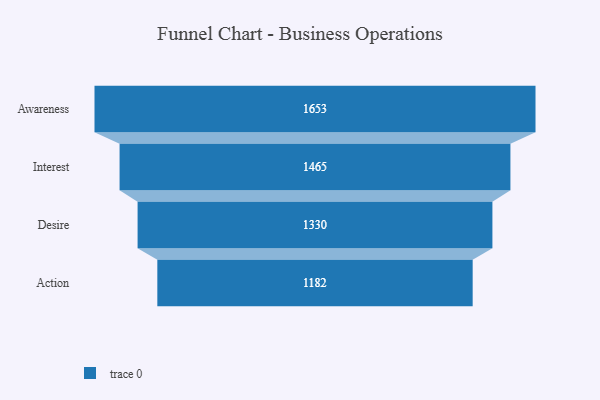
{"axis": {"x": "Stage", "y": "Value"}, "legend": [""], "data": [{"x": "Awareness", "y": 1653.0, "type": ""}, {"x": "Interest", "y": 1465.0, "type": ""}, {"x": "Desire", "y": 1330.0, "type": ""}, {"x": "Action", "y": 1182.0, "type": ""}]}